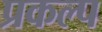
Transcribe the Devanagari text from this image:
प्रकल्‍प